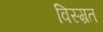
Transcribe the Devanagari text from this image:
विस्म्रत